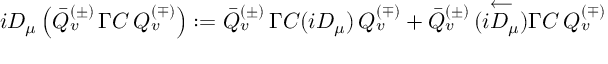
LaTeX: i D _ { \mu } \left( \bar { Q } _ { v } ^ { ( \pm ) } \, \Gamma C \, Q _ { v } ^ { ( \mp ) } \right) : = \bar { Q } _ { v } ^ { ( \pm ) } \, \Gamma C ( i D _ { \mu } ) \, Q _ { v } ^ { ( \mp ) } + \bar { Q } _ { v } ^ { ( \pm ) } \, ( \stackrel { \longleftarrow } { i D _ { \mu } } ) \Gamma C \, Q _ { v } ^ { ( \mp ) }